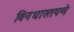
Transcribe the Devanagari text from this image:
बिनधास्तपणे